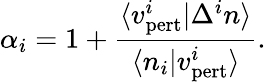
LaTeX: \alpha_{i}=1+\frac{\langle v_{\mathrm{pert}}^{i}\vert\Delta^{i}n\rangle}{\langle n_{i}\vert v_{\mathrm{pert}}^{i}\rangle}.